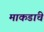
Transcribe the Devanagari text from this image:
माकडांचे